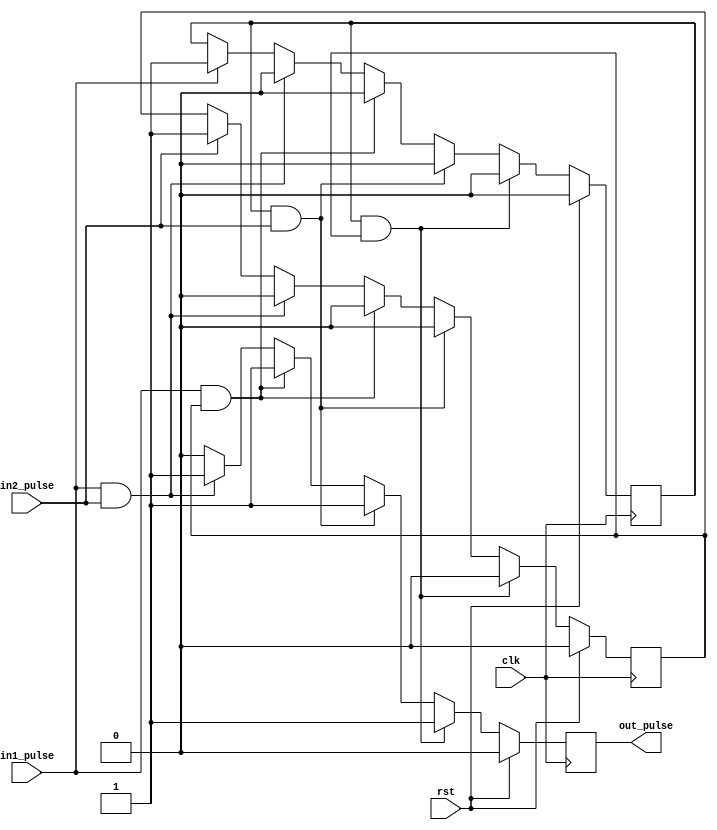
`timescale 1ns / 1ps
`default_nettype none

//////////////////////////////////////////////////////////////////////////////////
// Company: 
// Engineer: 
// 
// Design Name: 
// Module Name:    common_pulse 
// Project Name: 
// Target Devices: 
// Tool versions: 
// Description: 
//
// Dependencies: 
//
// Revision: 
// Revision 0.01 - File Created
// Additional Comments: 
//
//////////////////////////////////////////////////////////////////////////////////
module common_pulse #(
   parameter INIT_PULSE = 0
)(
    input wire clk,
	 input wire rst,
	 
	 input wire in1_pulse,
	 input wire in2_pulse,	 
	 
	 output reg out_pulse
    );

	reg in1_flag;
	reg in2_flag;

   always @(posedge clk) begin
		if(rst) begin
			out_pulse <= 0;
			in1_flag <= INIT_PULSE;
			in2_flag <= INIT_PULSE;
		end 
		else begin
			out_pulse <= 0;			
			
			if(in1_pulse) begin
				in1_flag <= 1;
			end
			
			if(in2_pulse) begin
				in2_flag <= 1;
			end			
			
			if(in1_pulse && in2_pulse) begin
				out_pulse <= 1;
				in1_flag <= 0;
				in2_flag <= 0;
			end

			if(in1_pulse && in2_flag) begin
				out_pulse <= 1;
				in1_flag <= 0;
				in2_flag <= 0;
			end

			if(in1_flag && in2_pulse) begin
				out_pulse <= 1;
				in1_flag <= 0;
				in2_flag <= 0;
			end
			
			if(in1_flag && in2_flag) begin
				out_pulse <= 1;
				in1_flag <= 0;
				in2_flag <= 0;
			end			
		end
	end
endmodule